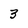
Character: 3